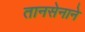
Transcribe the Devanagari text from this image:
तानसेनाने